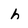
Character: h